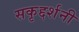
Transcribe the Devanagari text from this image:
सकृद्दर्शनी